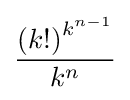
{\dfrac {\left(k!\right)^{k^{n-1}}}{k^{n}}}